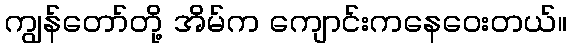
ကျွန်တော်တို့ အိမ်က ကျောင်းကနေဝေးတယ်။